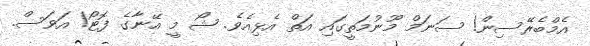
އެމްބެރޭސިން! ސަނަމް މޫނުމަތީގައި އަތް އެޅިއެވެ. ޝޯ މީ އޭނާގެ ފޮޓޯ! އަވަސް.